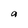
Character: a